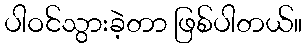
ပါဝင်သွားခဲ့တာ ဖြစ်ပါတယ်။